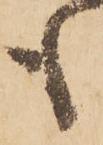
も